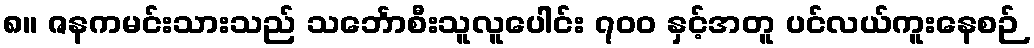
၈။ ဇနကမင်းသားသည် သင်္ဘောစီးသူလူပေါင်း ၇၀၀ နှင့်အတူ ပင်လယ်ကူးနေစဉ်